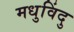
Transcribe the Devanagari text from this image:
मधुविंदु